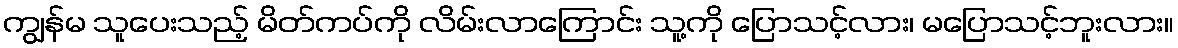
ကျွန်မ သူပေးသည့် မိတ်ကပ်ကို လိမ်းလာကြောင်း သူ့ကို ပြောသင့်လား၊ မပြောသင့်ဘူးလား။